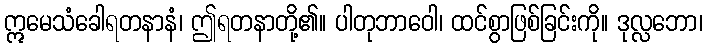
ဣမေသံခေါရတနာနံ၊ ဤရတနာတို့၏။ ပါတုဘာဝေါ၊ ထင်စွာဖြစ်ခြင်းကို။ ဒုလ္လဘော၊